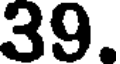
39.